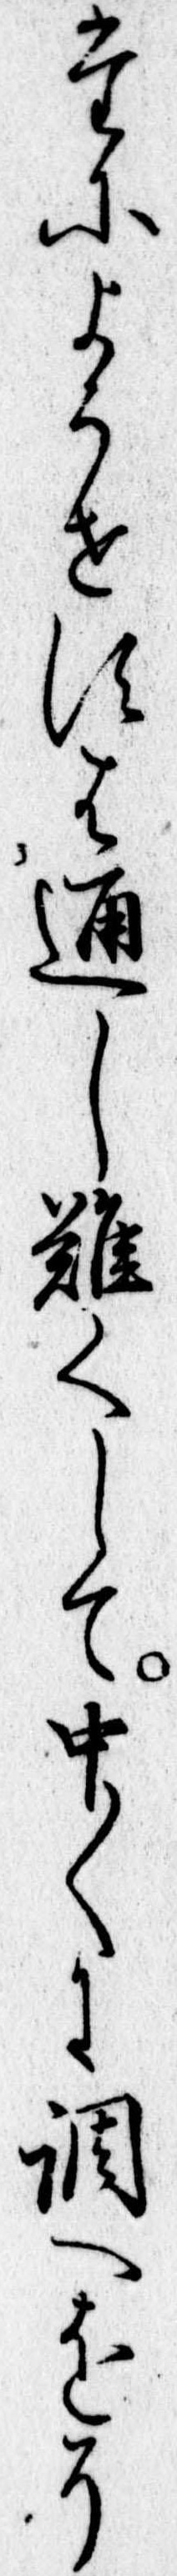
たにようせすは通し難くして中〱に調へをそ